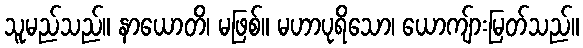
သူမည်သည်။ နာယောတိ၊ မဖြစ်။ မဟာပုရိသော၊ ယောကျ်ားမြတ်သည်။